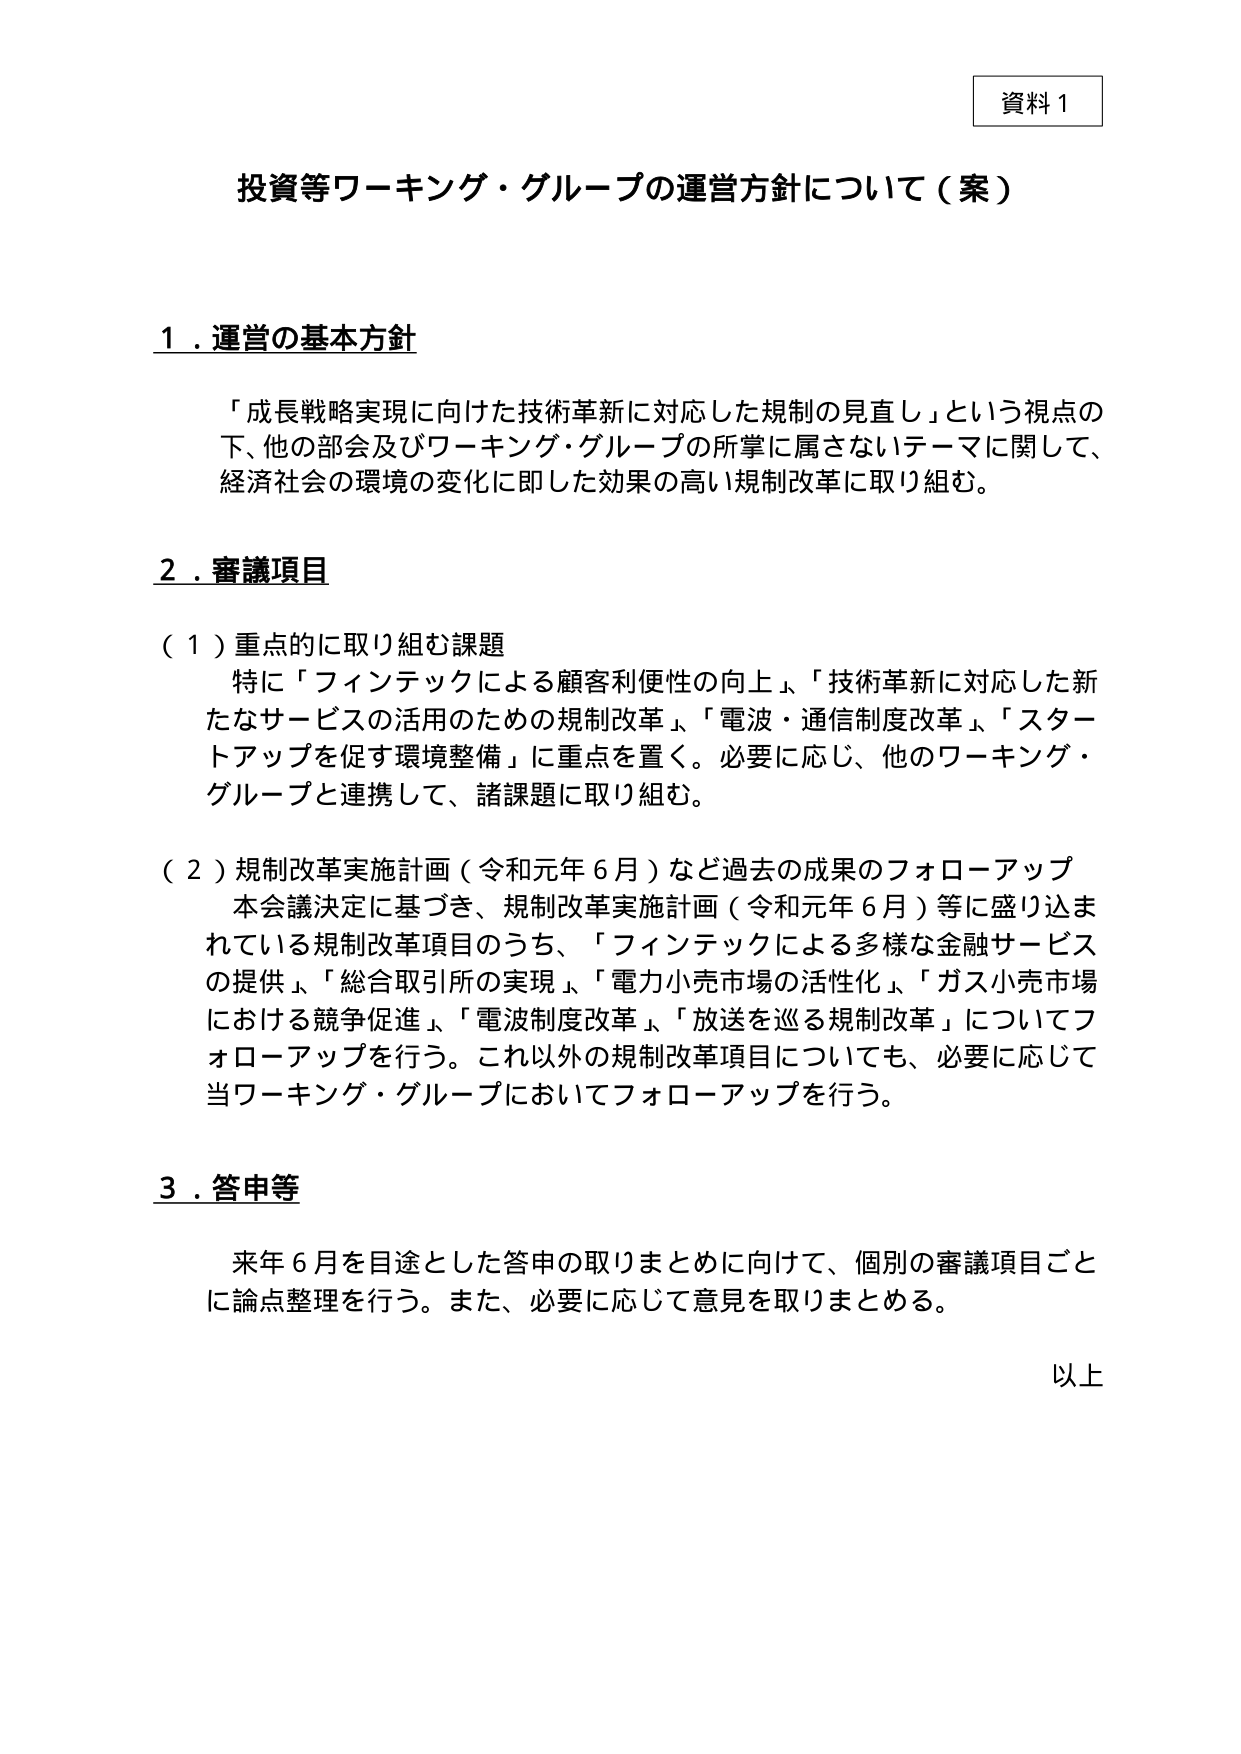
資料１

投資等ワーキング・グループの運営方針について（案）

１．運営の基本方針

「成長戦略実現に向けた技術革新に対応した規制の見直し」という視点の下、他の部会及びワーキング・グループの所掌に属さないテーマに関して、経済社会の環境の変化に即した効果の高い規制改革に取り組む。

２．審議項目

（１）重点的に取り組む課題
　特に「フィンテックによる顧客利便性の向上」、「技術革新に対応した新たなサービスの活用のための規制改革」、「電波・通信制度改革」、「スタートアップを促す環境整備」に重点を置く。必要に応じ、他のワーキング・グループと連携して、諸課題に取り組む。

（２）規制改革実施計画（令和元年６月）など過去の成果のフォローアップ
　本会議決定に基づき、規制改革実施計画（令和元年６月）等に盛り込まれている規制改革項目のうち、「フィンテックによる多様な金融サービスの提供」、「総合取引所の実現」、「電力小売市場の活性化」、「ガス小売市場における競争促進」、「電波制度改革」、「放送を巡る規制改革」についてフォローアップを行う。これ以外の規制改革項目についても、必要に応じて当ワーキング・グループにおいてフォローアップを行う。

３．答申等

　来年６月を目途とした答申の取りまとめに向けて、個別の審議項目ごとに論点整理を行う。また、必要に応じて意見を取りまとめる。

以上